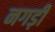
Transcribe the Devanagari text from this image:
नगड़ी